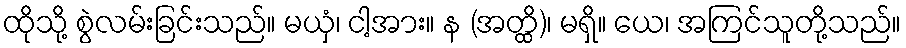
ထိုသို့ စွဲလမ်းခြင်းသည်။ မယှံ၊ ငါ့အား။ န (အတ္ထိ)၊ မရှိ။ ယေ၊ အကြင်သူတို့သည်။